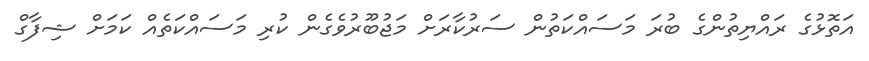
އަތޮޅުގެ ރައްޔިތުންގެ ބުރަ މަސައްކަތުން ސަރުކާރަށް މަޖުބޫރުވެގެން ކުރި މަސައްކަތެއް ކަމަށް ޝިފާގް